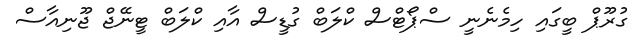
ގުރޫޕް ބީގައި ހިމެނެނީ ސްޕޯޓްސް ކްލަބް ގުޑީސް އާއި ކްލަބް ޓީނޭޖް ޖޫނިއާސް